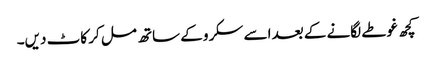
کچھ غوطے لگانے کے بعد اسے سکرو کے ساتھ مل کر کاٹ دیں۔